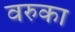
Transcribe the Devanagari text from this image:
वरुका